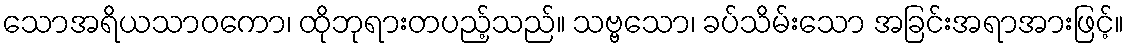
သောအရိယသာဝကော၊ ထိုဘုရားတပည့်သည်။ သဗ္ဗသော၊ ခပ်သိမ်းသော အခြင်းအရာအားဖြင့်။